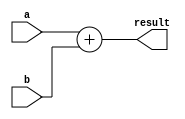
//////////////////////////////////////////////////////////////////////////////////
// 
// Project Name: Static Pipeline CPU with 54 Instructions Based on MIPS Architecture
//////////////////////////////////////////////////////////////////////////////////

`timescale 1ns / 1ps

module adder_32(
    input [31:0] a,
    input [31:0] b,
    output [31:0] result
    );

    assign result = a + b;
   
endmodule